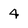
Character: 4